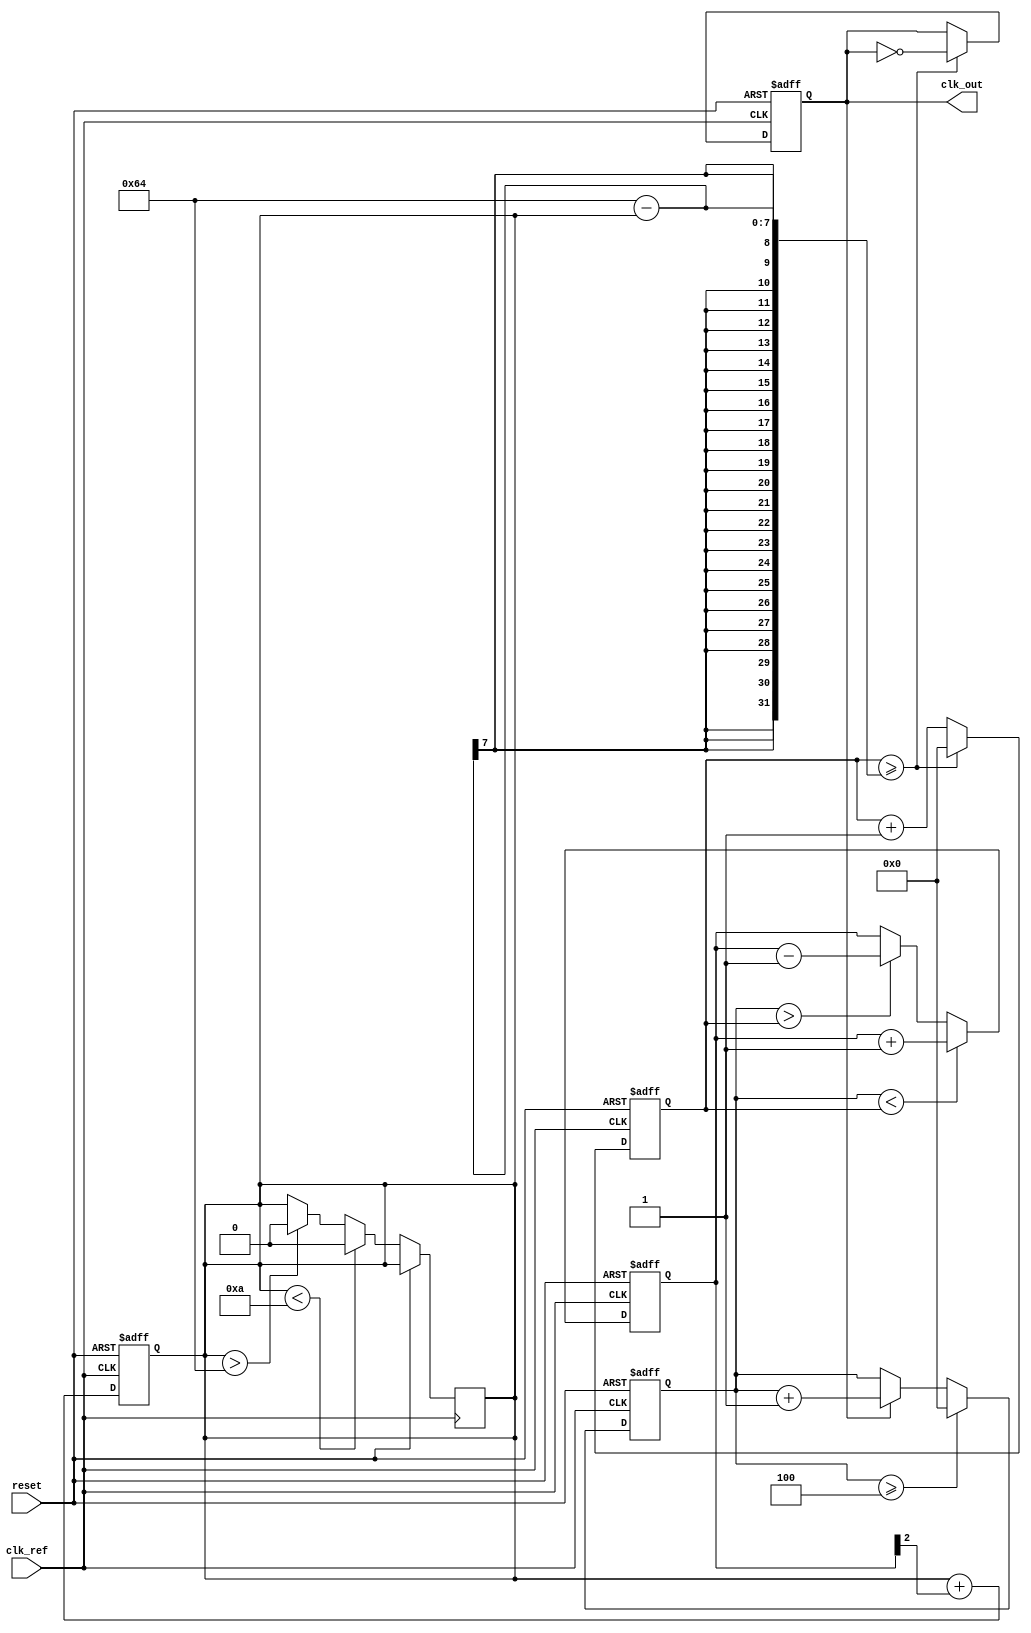
module PLL (
    input wire clk_ref,             // Reference clock input
    input wire reset,               // Asynchronous reset
    output reg clk_out              // VCO output clock
);

// Parameters
parameter DIV_RATIO = 4;          // Divider ratio for feedback
parameter VCO_MAX_FREQ = 100;     // Max VCO frequency
parameter VCO_MIN_FREQ = 10;      // Min VCO frequency

// Internal signals
reg [31:0] phase_error;            // Phase error signal
reg control_voltage;               // Control voltage input to VCO
reg [31:0] vco_counter;            // VCO counter for output clock generation
reg [31:0] feedback_counter;       // Counter for feedback clock
reg vco_enable;                    // Enable signal for VCO

// Phase Detector
always @(posedge clk_ref or posedge reset) begin
    if (reset) begin
        phase_error <= 0;
    end else begin
        // Simulated phase detection
        if (feedback_counter < vco_counter) begin
            phase_error <= phase_error + 1;  // Phase error detected
        end else if (feedback_counter > vco_counter) begin
            phase_error <= phase_error - 1;  // Phase error detected
        end
    end
end

// Low Pass Filter (simple proportional for demonstration)
always @(posedge clk_ref or posedge reset) begin
    if (reset) begin
        control_voltage <= 0;
    end else begin
        control_voltage <= control_voltage + (phase_error >> 2); // Simple filter
    end
end

// Voltage-Controlled Oscillator (VCO)
always @(posedge clk_ref or posedge reset) begin
    if (reset) begin
        vco_counter <= 0;
        clk_out <= 0;
        feedback_counter <= 0;
    end else begin
        // Generate VCO frequency based on control voltage
        if (control_voltage > VCO_MAX_FREQ) control_voltage <= VCO_MAX_FREQ;
        if (control_voltage < VCO_MIN_FREQ) control_voltage <= VCO_MIN_FREQ;

        // VCO output clock generation
        vco_counter <= vco_counter + 1;
        if (vco_counter >= (VCO_MAX_FREQ - control_voltage)) begin
            clk_out <= ~clk_out;
            vco_counter <= 0;
        end

        // Feedback counter based on output clock
        if (clk_out) begin
            feedback_counter <= feedback_counter + 1;
        end
        // Feedback divider logic
        if (feedback_counter >= DIV_RATIO) begin
            feedback_counter <= 0; // Reset feedback counter
        end
    end
end

endmodule